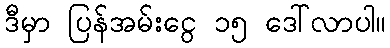
ဒီမှာ ပြန်အမ်းငွေ ၁၅ ဒေါ်လာပါ။